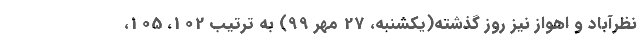
نظرآباد و اهواز نیز روز گذشته(یکشنبه، 27 مهر 99) به ترتیب 102، 105،